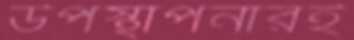
উপস্থাপনারই